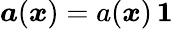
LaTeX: \boldsymbol a(\boldsymbol x)=a(\boldsymbol x)\, \boldsymbol 1